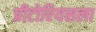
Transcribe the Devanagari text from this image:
प्रीटोरियसला